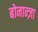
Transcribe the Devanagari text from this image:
बोनान्ज़ा